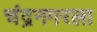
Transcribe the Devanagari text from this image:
चंद्रनगरला